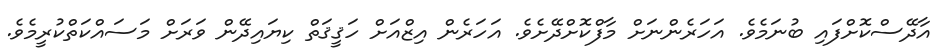
އާދޭސްކޮށްފައި ބުނަމެވެ. އަހަރެންނަށް މާފްކޮށްދޭށެވެ. އަހަރެން އިޒްއަށް ހަޤީޤަތް ކިޔައިދޭން ވަރަށް މަސައްކަތްކުރީމެވެ.